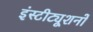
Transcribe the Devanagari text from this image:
इंस्टीट्यूशनों